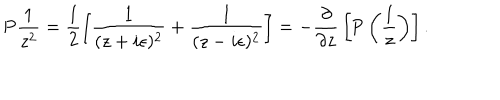
LaTeX: \textrm { P } \frac { 1 } { z ^ { 2 } } = \frac { 1 } { 2 } \left[ \frac { 1 } { ( z + i \epsilon ) ^ { 2 } } + \frac { 1 } { ( z - i \epsilon ) ^ { 2 } } \right] = - { \frac { \partial } { \partial z } } \left[ \textrm { P } \left( { \frac { 1 } { z } } \right) \right] .